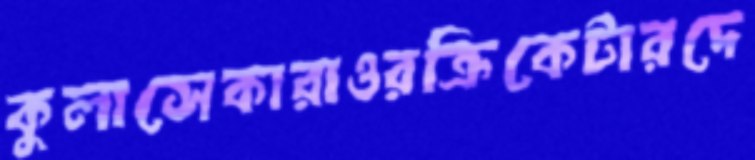
কুলাসেকারাওরক্রিকেটারদে